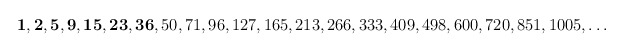
\begin{align*}{\bf 1,2,5,9,15,23,36},50,71,96,127,165,213,266,333,409,498,600,720,851,1005,\ldots\end{align*}